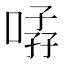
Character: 𱓨